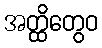
အတ္ထိတွေဝ